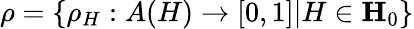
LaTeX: \rho=\{ \rho_{H}:A(H)\rightarrow[0,1]|H\in\mathbf{H}_{0}\}